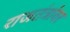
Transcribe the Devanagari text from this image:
राजतंत्रांवर